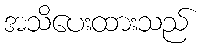
အသိပေးထားသည်